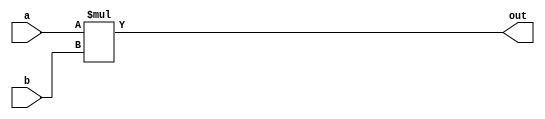
//-----------------------------------------------------------------------------
// Multiplier
//-----------------------------------------------------------------------------

module multiplier #( parameter W = 16 )
(
    input  [W-1:0]   a,
    input  [W-1:0]   b,
    output [W*2-1:0] out
);

	assign out = a * b;

endmodule